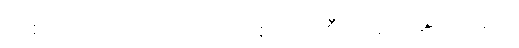
တစ်လှည့် တရုတ်တို့က တစ်လှည့်စီပိုင်ဆိုင်ခဲ့ကြသည်။